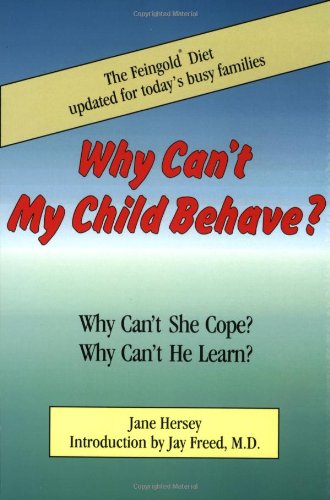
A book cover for Why Can't My Child Behave?: Why Can't She Cope?  Why Can't He Learn?  The Feingold Diet updated for today's busy families; Jane Hersey; Health, Fitness & Dieting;